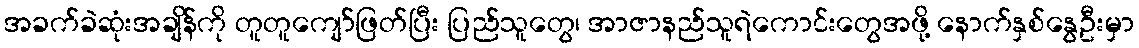
အခက်ခဲဆုံးအချိန်ကို တူတူကျော်ဖြတ်ပြီး ပြည်သူတွေ၊ အာဇာနည်သူရဲကောင်းတွေအဖို့ နောက်နှစ်နွေဦးမှာ